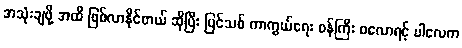
အသုံးချဖို့ အထိ ဖြစ်လာနိုင်တယ် ဆိုပြီး ပြင်သစ် ကာကွယ်ရေး ဝန်ကြီး ဖလောရင့် ပါလေက